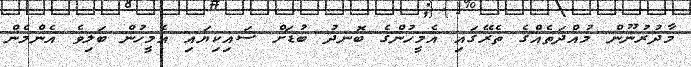
މާދުރުނޫން މުއްދަތެއްގެ ތެރޭގައި އެމީހުންގެ ބޮނދު ބުޑަށް ސައިކިޔައި އެމީހުން ބަލިވެ އެންމެން